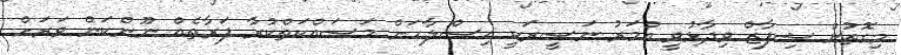
މިގޮތުން ޝިފާޒް ވިދާޅުވީ އުމަރު ނަސީރަކީ އިޞްލާހަށް މަސައްކަތްކުރާ ފަރާތެއް ނޫންކަން ވަރަށް